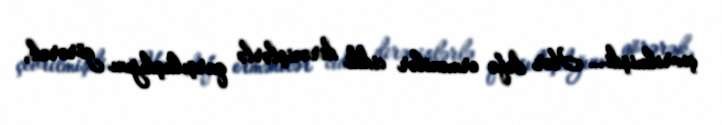
çevrilmişdi… Hər dəfə ermənilər ciddi dirənişlərlə qarşılaşdığını görərək,